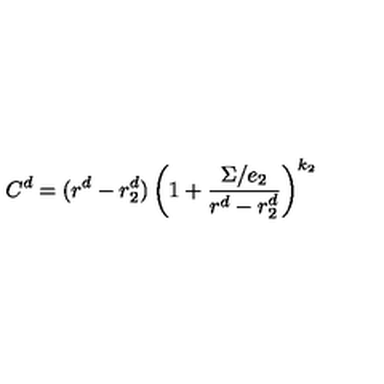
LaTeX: C ^ { d } = ( r ^ { d } - r _ { 2 } ^ { d } ) \left( 1 + { \frac { \Sigma / e _ { 2 } } { r ^ { d } - r _ { 2 } ^ { d } } } \right) ^ { k _ { 2 } }